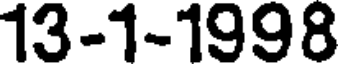
13-1-1998